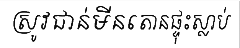
ស្រូវជាន់មីនតោនផ្ទុះស្លាប់